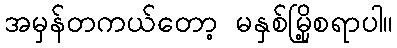
အမှန်တကယ်တော့ မနှစ်မြို့စရာပါ။